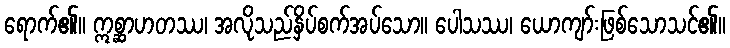
ရောက်၏။ ဣစ္ဆာဟတဿ၊ အလိုသည်နှိပ်စက်အပ်သော။ ပေါသဿ၊ ယောကျာ်းဖြစ်သောသင်၏။